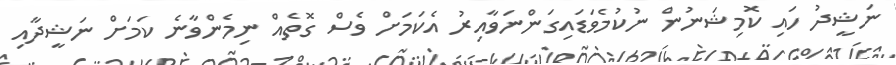
ނަޝީދު ހައި ކޮމިޝަނުން ނުކުމެވަޑައިގަންނަވާއިރު އެކަމަށް ވެސް ގޮތެއް ނިމެންވާނެ ކަމަށް ނަޝީދާއި